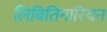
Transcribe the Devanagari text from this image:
लिबितिनारियन